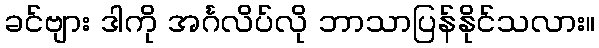
ခင်ဗျား ဒါကို အင်္ဂလိပ်လို ဘာသာပြန်နိုင်သလား။